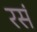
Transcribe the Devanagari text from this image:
रसं